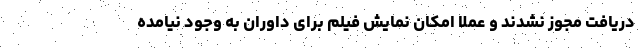
دریافت مجوز نشدند و عملا امکان نمایش فیلم برای داوران به وجود نیامده